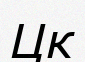
Цк